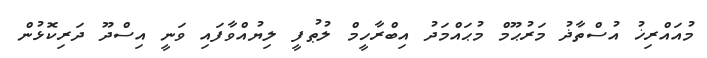
މުއައްރިޚު އުސްތާޛު މަރުޙޫމް މުޙައްމަދު އިބްރާހީމް ލުޠުފީ ލިޔުއްވާފައި ވަނީ އިސްދޫ ދަރިކޮޅުން